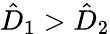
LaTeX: \hat{D}_{1}>\hat{D}_{2}